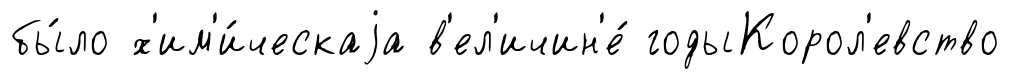
бы́ло х'им'и́ческаjа в'ел'ичин'е́ годыКорол'евство